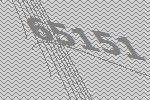
65151